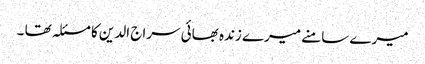
میرے سامنے میرے زندہ بھائی سراج الدین کا مسئلہ تھا ۔